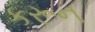
કરૂન